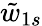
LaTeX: \tilde{w}_{1s}